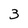
Character: 3